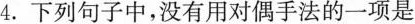
4.下列句子中，没有用对偶手法的一项是